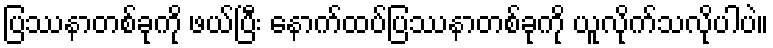
ပြဿနာတစ်ခုကို ဖယ်ပြီး နောက်ထပ်ပြဿနာတစ်ခုကို ယူလိုက်သလိုပါပဲ။